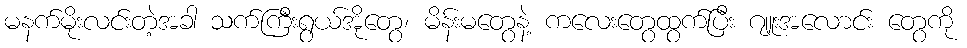
မနက်မိုးလင်းတဲ့အခါ သက်ကြီးရွယ်အိုတွေ၊ မိန်းမတွေနဲ့ ကလေးတွေထွက်ပြီး ဂျူးအလောင်း တွေကို